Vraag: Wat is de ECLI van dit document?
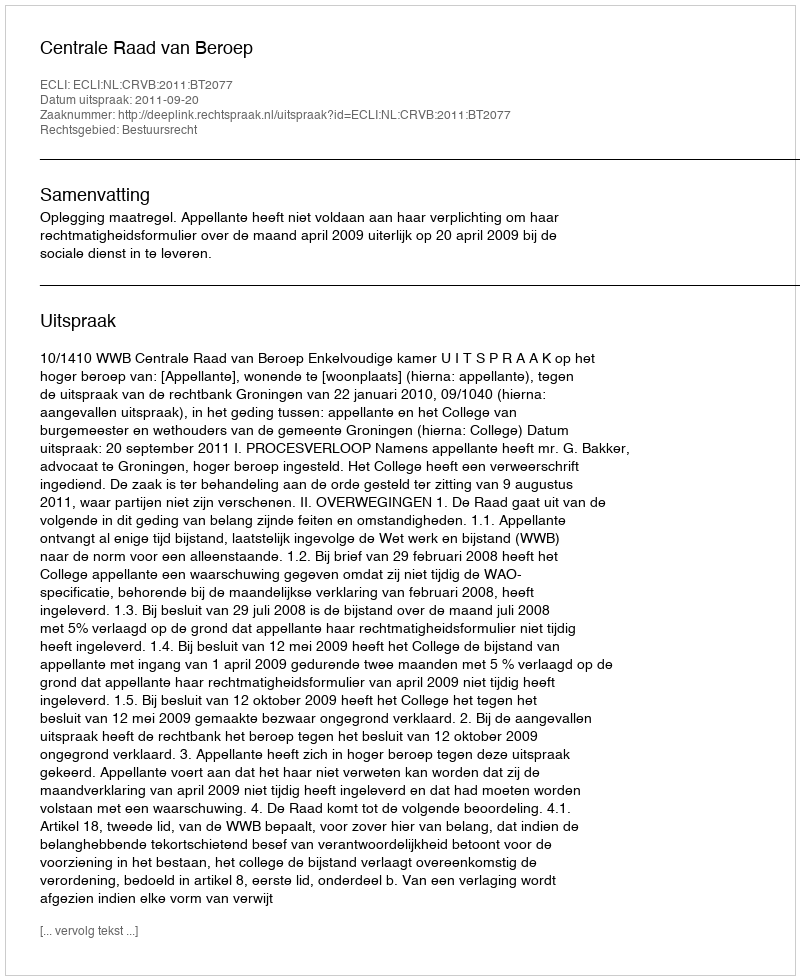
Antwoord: ECLI:NL:CRVB:2011:BT2077